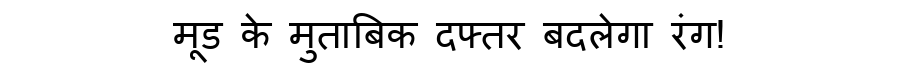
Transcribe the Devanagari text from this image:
मूड के मुताबिक दफ्तर बदलेगा रंग!